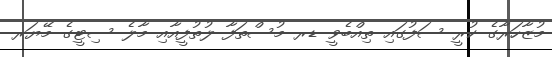
މުޒާހަރާގެ ކުރީ ސަފުގައި ތިއްބެވީ ޑރ މުސްތަފާ ލުތުފީއާއި މާލެ ސިޓީގެ މޭޔަރ